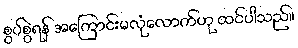
စွပ်စွဲရန် အကြောင်းမလုံလောက်ဟု ထင်ပါသည်။